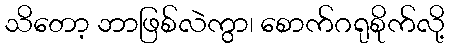
သိတော့ ဘာဖြစ်လဲကွာ၊ စောက်ဂရုစိုက်လို့